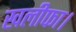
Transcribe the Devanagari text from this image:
खलीफा।